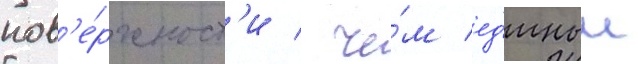
пов'е́рхност'и / че́м ед'иныи